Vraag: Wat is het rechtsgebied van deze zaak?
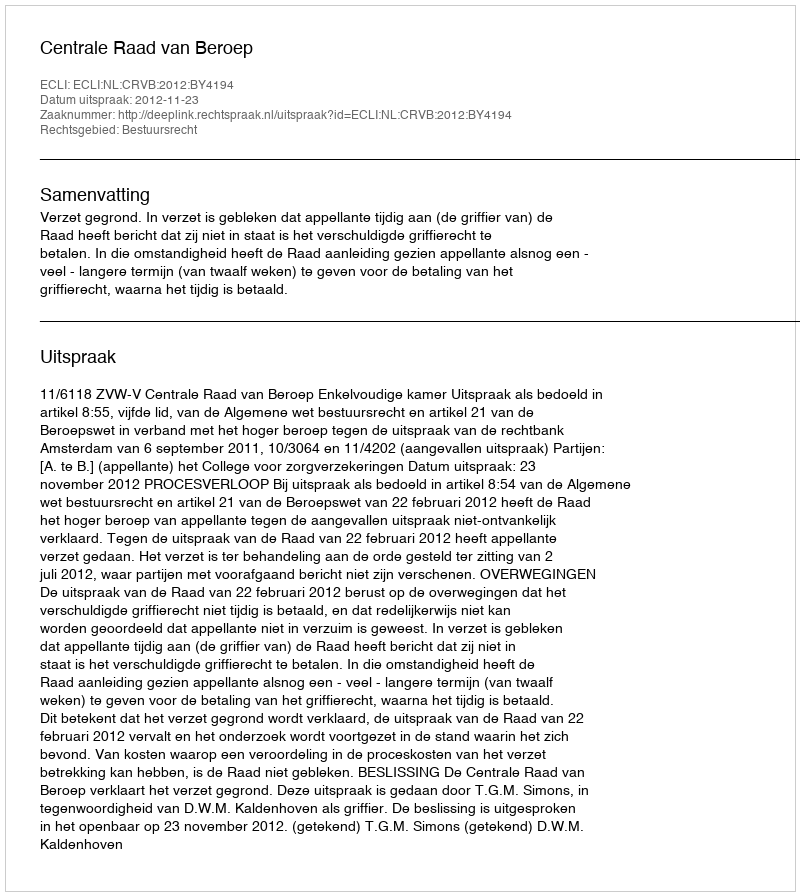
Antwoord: Bestuursrecht